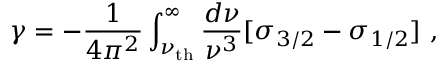
\gamma = - { \frac { 1 } { 4 \pi ^ { 2 } } } \int _ { \nu _ { \mathrm { t h } } } ^ { \infty } { \frac { d \nu } { \nu ^ { 3 } } } [ \sigma _ { 3 / 2 } - \sigma _ { 1 / 2 } ] \ ,